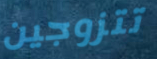
تتزوجين